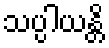
သပ္ပါယန္တိ